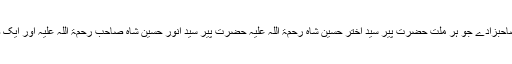
آپ نے اپنے پسماندگان میں دو صاحبزادے جو ہر ملّت حضرت پیر سیّد اختر حسین شاہ رحمۃ اللہ علیہ حضرت پیر سیّد انور حسین شاہ صاحب رحمۃ اللہ علیہ اور ایک صاحبزادی سردار فاطمہ چھوڑی۔